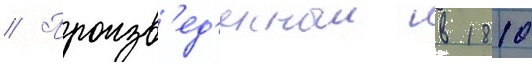
// Произв'ед'енныи в 1810